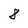
Character: 8